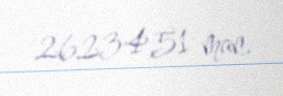
26234,51 man.